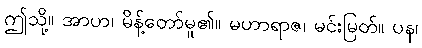
ဤသို့။ အာဟ၊ မိန့်တော်မူ၏။ မဟာရာဇ၊ မင်းမြတ်။ ပန၊